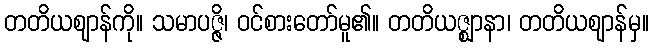
တတိယဈာန်ကို။ သမာပဇ္ဇိ၊ ဝင်စားတော်မူ၏။ တတိယဇ္ဈာနာ၊ တတိယဈာန်မှ။